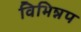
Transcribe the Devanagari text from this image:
विभिन्नप